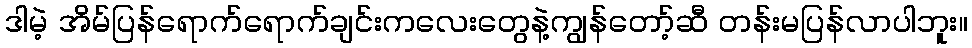
ဒါမဲ့ အိမ်ပြန်ရောက်ရောက်ချင်းကလေးတွေနဲ့ကျွန်တော့်ဆီ တန်းမပြန်လာပါဘူး။